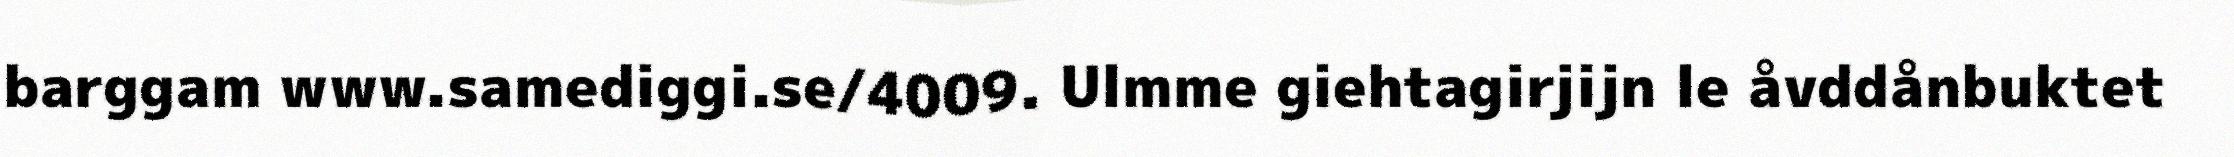
barggam www.samediggi.se/4009. Ulmme giehtagirjijn le åvddånbuktet